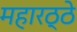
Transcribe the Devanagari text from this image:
महारठ्ठे